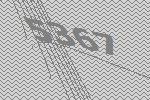
5367